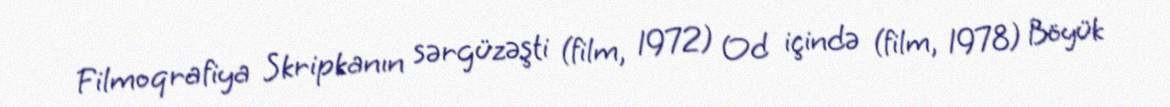
Filmoqrafiya Skripkanın sərgüzəşti (film, 1972) Od içində (film, 1978) Böyük